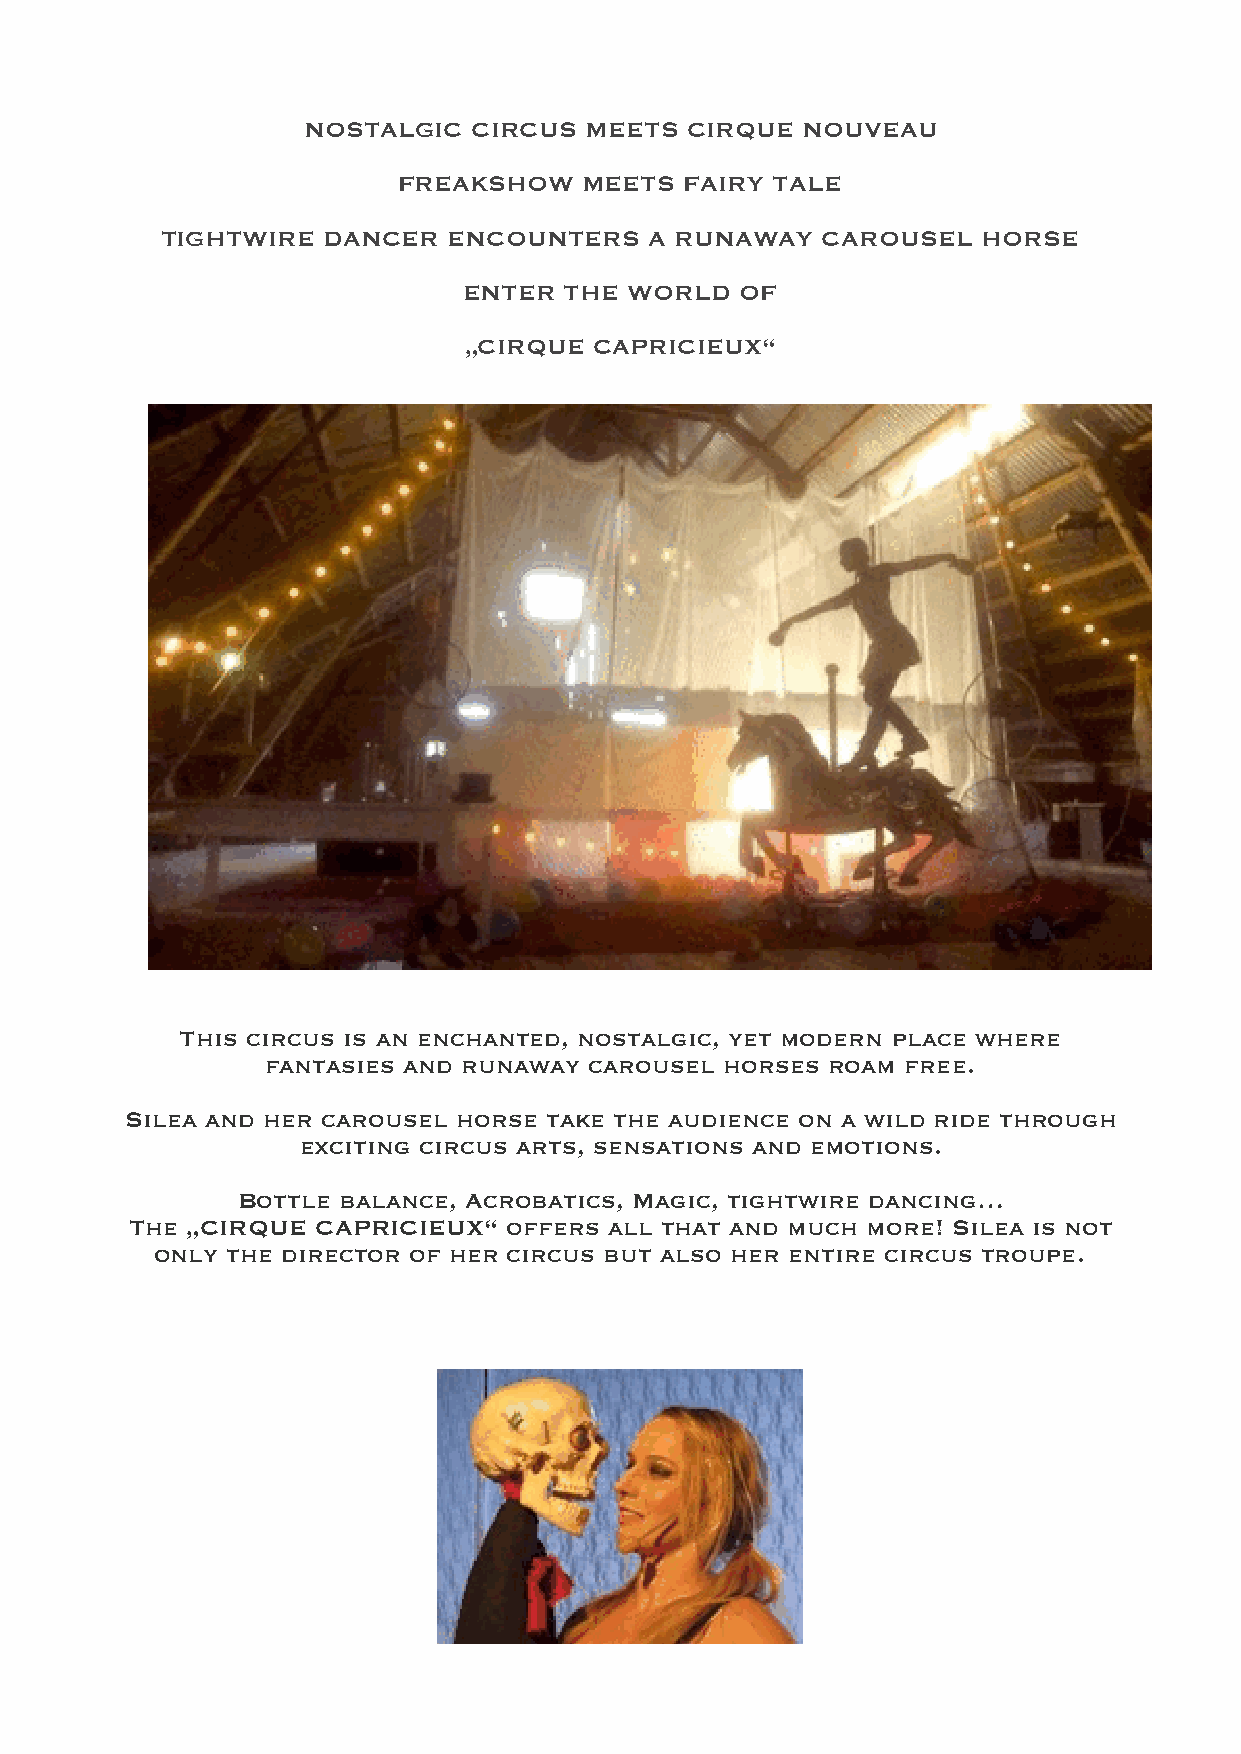
NOSTALGIC  CIRCUS  MEETS CIRQUE  NOUVEAU
 FREAKSHOW    MEETS FAIRY TALE
 TIGHTWIRE DANCER   ENCOUNTERS   A RUNAWAY  CAROUSEL   HORSE
 ENTER THE  WORLD  OF
 „CIRQUE CAPRICIEUX“
 This circus is an enchanted, nostalgic, yet modern place where
 fantasies and runaway carousel horses roam free.
 Silea and her carousel horse take the audience on a wild ride through
 exciting circus arts, sensations and emotions.
 Bottle balance, Acrobatics, Magic, tightwire dancing…
 The „CIRQUE CAPRICIEUX“  offers all that and much more! Silea is not
 only the director of her circus but also her entire circus troupe.